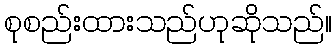
စုစည်းထားသည်ဟုဆိုသည်။